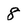
Character: 8